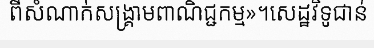
ពីសំណាក់សង្គ្រាមពាណិជ្ជកម្ម»។សេដ្ឋវិទូជាន់